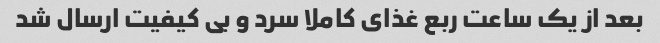
بعد از یک ساعت ربع غذای کاملا سرد و بی کیفیت ارسال شد